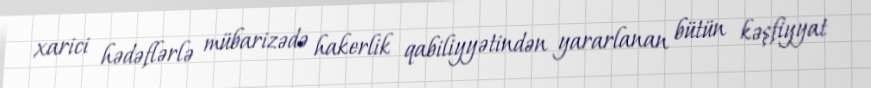
xarici hədəflərlə mübarizədə hakerlik qabiliyyətindən yararlanan bütün kəşfiyyat